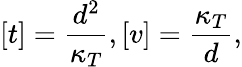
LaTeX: [t]=\frac{d^{2}}{\kappa_{T}},[v]=\frac{\kappa_{T}}{d},